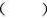
( )